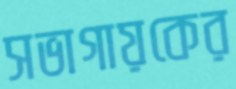
সভাগায়কের